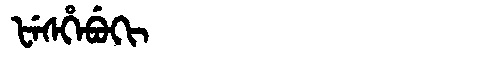
Manchu: ᡶᡝᠰᡥᡝᠪᡠᡴᡳ
Romanization: FESHEBUKI